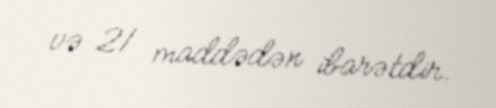
və 21 maddədən ibarətdir.